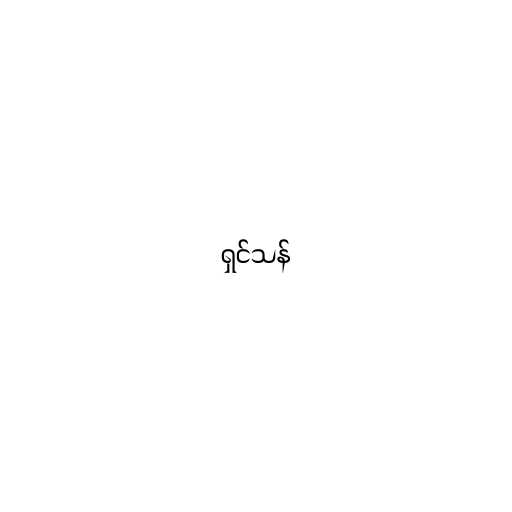
ရှင်သန်